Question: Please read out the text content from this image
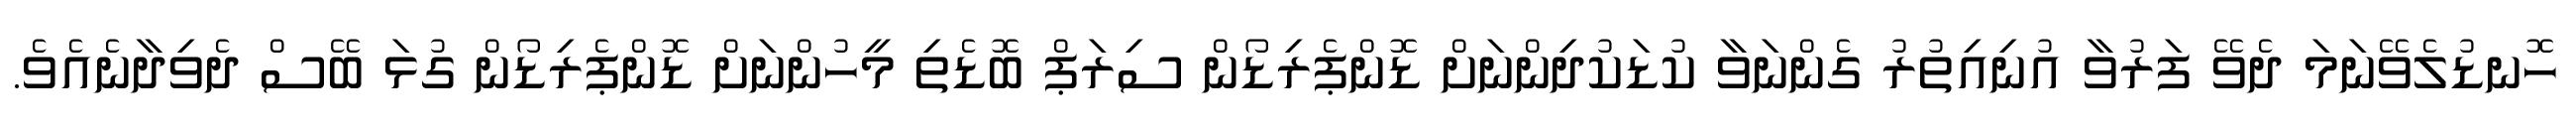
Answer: ހޮނޑުލެވޭނަމަ ދެވޭ ފަރުވާ އުނިއިތުރު ގެންނަވާ ކުޑަކުދިންނަށް ޑޮންޕެރިޑޯން ސިރަޕް ބޮޑެތި މީހުންނަށް ޑޮންޕެރިޑޯން ގުޅަ ބޭސް ދެވިދާނެއެވެ.